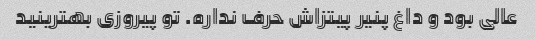
عالی بود و داغ پنیر پیتزاش حرف نداره. تو پیروزی بهترینید